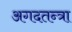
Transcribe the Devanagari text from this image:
अगदतन्त्रा